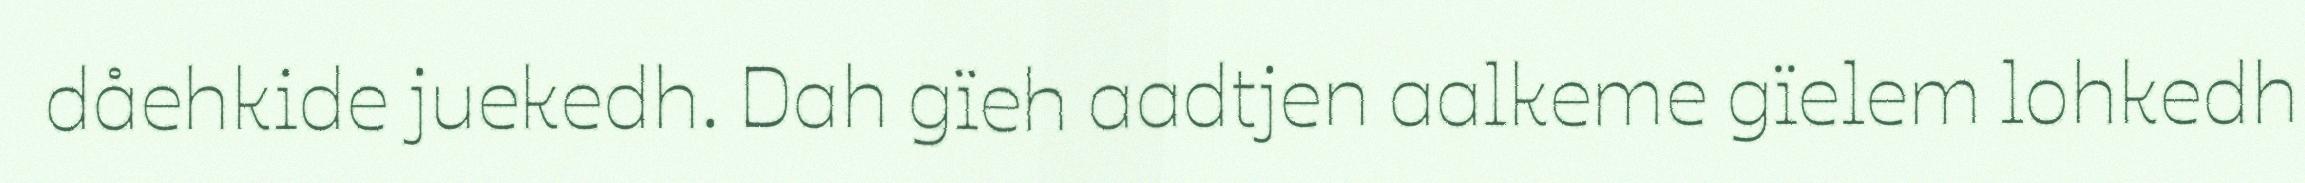
dåehkide juekedh. Dah gïeh aadtjen aalkeme gïelem lohkedh